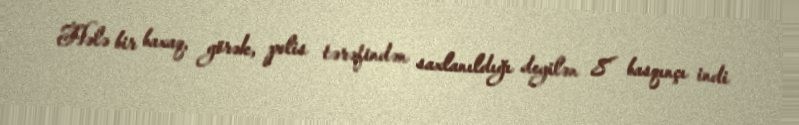
Hələ bir baxaq, görək, polis tərəfindən saxlanıldığı deyilən 8 basqınçı indi